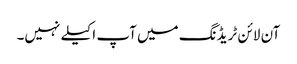
آن لائن ٹریڈنگ میں آپ اکیلے نہیں۔